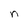
Character: n